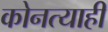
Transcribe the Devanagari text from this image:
कोनत्याही